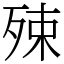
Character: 殐